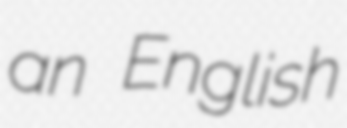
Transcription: an English